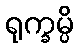
ရုက္ခမ္ပိ